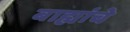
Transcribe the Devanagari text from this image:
बाह्यांचे